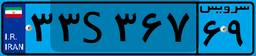
۳۸S۴۱۸۷۹